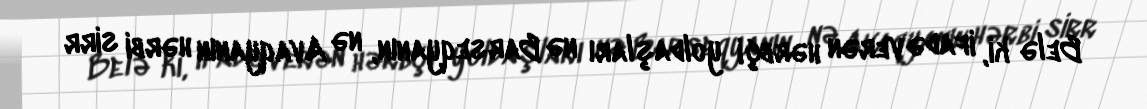
Belə ki, ifadə verən hərbçi yoldaşları nə Barseqyanın, nə Avaqyanın hərbi sirr